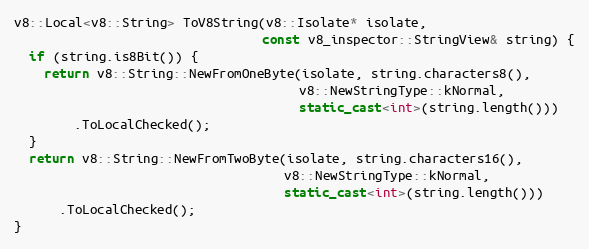
Language: C++
v8::Local<v8::String> ToV8String(v8::Isolate* isolate,
                                 const v8_inspector::StringView& string) {
  if (string.is8Bit()) {
    return v8::String::NewFromOneByte(isolate, string.characters8(),
                                      v8::NewStringType::kNormal,
                                      static_cast<int>(string.length()))
        .ToLocalChecked();
  }
  return v8::String::NewFromTwoByte(isolate, string.characters16(),
                                    v8::NewStringType::kNormal,
                                    static_cast<int>(string.length()))
      .ToLocalChecked();
}